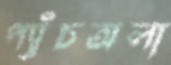
প্যাঁচঅলা